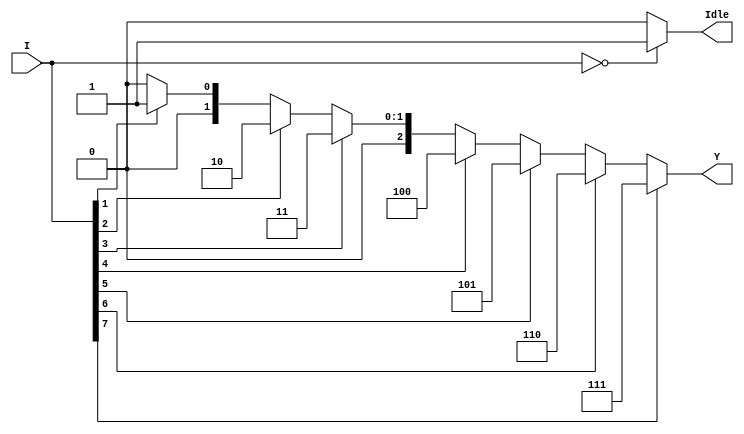
`ifndef ENC8T3I_V
`define ENC8T3I_V

module ENC8T3I(  
    input [7:0] I,
    output [2:0] Y,
    output Idle 
);
    function[2:0] enc;
        input[7:0] I;
        if(I[7])      enc=3'b111;
        else if(I[6]) enc=3'b110; 
	    else if(I[5]) enc=3'b101; 
	    else if(I[4]) enc=3'b100; 
	    else if(I[3]) enc=3'b011; 
	    else if(I[2]) enc=3'b010; 
	    else if(I[1]) enc=3'b001; 
	    else enc=3'b000; 
    endfunction

    assign Y=enc(I);
    assign Idle=(I[7:0]==8'h00)?1'b1:1'b0;

endmodule

`endif